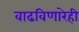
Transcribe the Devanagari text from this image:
वाढविणारेही